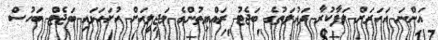
އަންނަ އަހަރަށް ލަފާކުރާ ދައުލަތުގެ ބަޖެޓު ރައްޔިތުންގެ މަޖިލީހަށް ހުށަހަޅައި ބަޖެޓް ބަހުސް